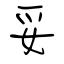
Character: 妥